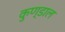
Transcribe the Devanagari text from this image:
कुण्डाल